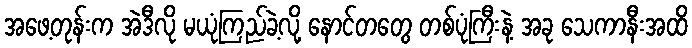
အဖေ့တုန်းက အဲဒီလို မယုံကြည်ခဲ့လို့ နောင်တတွေ တစ်ပုံကြီးနဲ့ အခု သေကာနီးအထိ